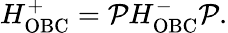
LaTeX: \begin{array}{r}{H_{\mathrm{OBC}}^{+}=\mathcal{P}H_{\mathrm{OBC}}^{-}\mathcal{P}.}\end{array}